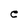
Character: C